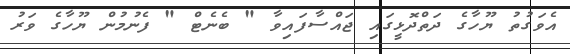
އެވަގުތު ޔޫހާގެ ދަތްދޮޅީގައި ޖައްސާފައިވާ " ބެނެޓް " ފެނުމުން ޔޫހާގެ ވަރު